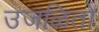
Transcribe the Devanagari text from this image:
उजळितो